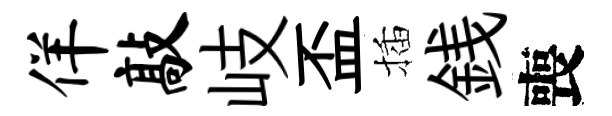
佯敲岐盃插銭喪